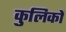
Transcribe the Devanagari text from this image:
कुलिकों